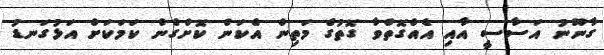
ގާނޫނު އަސާސީ އާއި އެއްގޮތްވާ ގޮތުގެ މަތިން އެކަން ކޮށްގެން ކަމަކަށް އަޅުގަނޑު